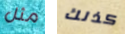
مثل كذلك